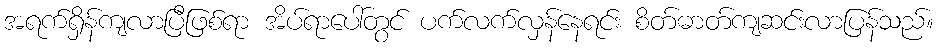
အရက်ရှိန်ကျလာပြီဖြစ်ရာ အိပ်ရာပေါ်တွင် ပက်လက်လှန်နေရင်း စိတ်ဓာတ်ကျဆင်းလာပြန်သည်။